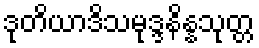
ဒုတိယာဒိသမုဒ္ဒနိန္နသုတ္တ